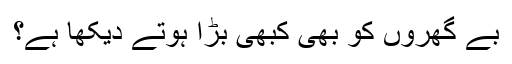
بے گھروں کو بھی کبھی بڑا ہوتے دیکھا ہے؟